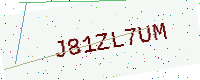
Text: J81ZL7UM